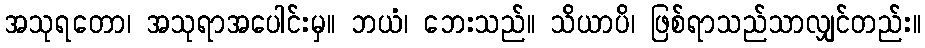
အသုရတော၊ အသုရာအပေါင်းမှ။ ဘယံ၊ ဘေးသည်။ သိယာပိ၊ ဖြစ်ရာသည်သာလျှင်တည်း။